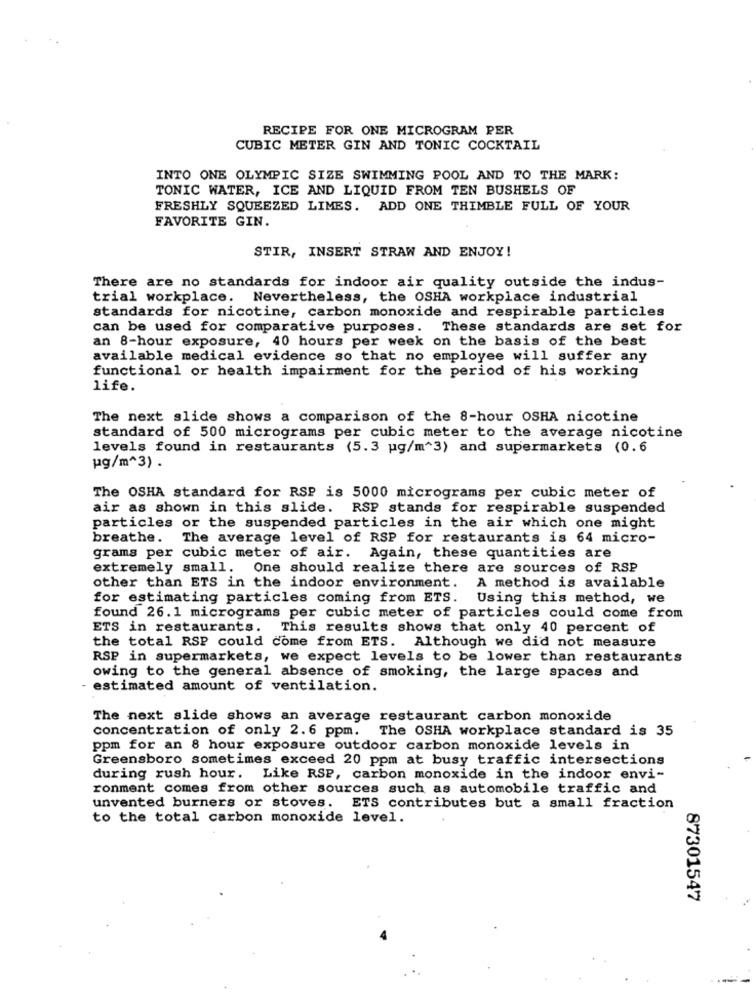
RECIPE FOR ONE MICROGRAM PER
CUBIC METER GIN AND TONIC COCKTAIL
INTO ONE OLYMPIC SIZE SWIMMING POOL AND TO THE MARK:
TONIC WATER, ICE AND LIQUID FROM TEN BUSHELS OF
FRESHLY SQUEEZED LIMES. ADD ONE THIMBLE FULL OF YOUR
FAVORITE GIN.
STIR, INSERT STRAW AND ENJOY!
There are no standards for indoor air quality outside the indus-
trial workplace. Nevertheless, the OSHA workplace industrial
standards for nicotine, carbon monoxide and respirable particles
can be used for comparative purposes. These standards are set for
an 8-hour exposure, 40 hours per week on the basis of the best
available medical evidence so that no employee will suffer any
functional or health impairment for the period of his working
life.
The next slide shows a comparison of the 8-hour OSHA nicotine
standard of 500 micrograms per cubic meter to the average nicotine
levels found in restaurants (5.3 g/m^3) and supermarkets (0.6
pg/m^3) .
The OSHA standard for RSP is 5000 micrograms per cubic meter of
air as shown in this slide. RSP stands for respirable suspended
particles or the suspended particles in the air which one might
breathe.
The average level of RSP for restaurants is 64 micro-
grams per cubic meter of air. Again, these quantities are
extremely small. One should realize there are sources of RSP
other than ETS in the indoor environment.
A method is available
for estimating particles coming from ETS.
Using this method, we
found 26.1 micrograms per cubic meter of particles could come from
ETS in restaurants. This results shows that only 40 percent of
the total RSP could come from ETS. Although we did not measure
RSP in supermarkets, we expect levels to be lower than restaurants
owing to the general absence of smoking, the large spaces and
estimated amount of ventilation.
The next slide shows an average restaurant carbon monoxide
concentration of only 2.6 ppm. The OSHA workplace standard is 35
ppm for an 8 hour exposure outdoor carbon monoxide levels in
Greensboro sometimes exceed 20 ppm at busy traffic intersections
during rush hour. Like RSP, carbon monoxide in the indoor envi-
ronment comes from other sources such as automobile traffic and
unvented burners or stoves. ETS contributes but a small fraction
to the total carbon monoxide level.
87301547